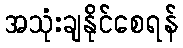
အသုံးချနိုင်စေရန်